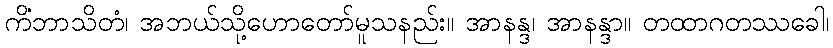
ကိံဘာသိတံ၊ အဘယ်သို့ဟောတော်မူသနည်း။ အာနန္ဒ၊ အာနန္ဒာ။ တထာဂတဿခေါ၊